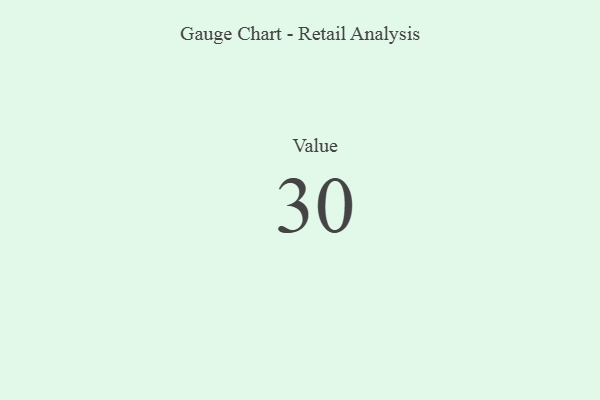
{"axis": {"x": "Metric", "y": "Value"}, "legend": [""], "data": [{"x": "Value", "y": 30, "type": ""}]}